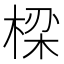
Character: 𬃒